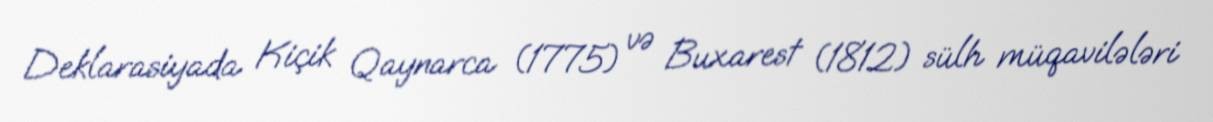
Deklarasiyada Kiçik Qaynarca (1775) və Buxarest (1812) sülh müqavilələri